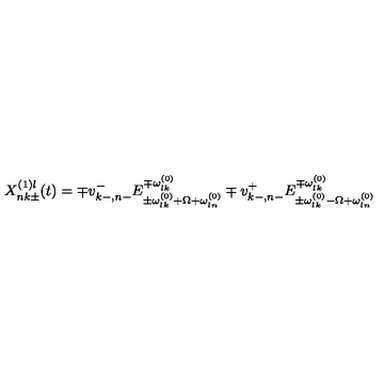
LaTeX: X _ { n k \pm } ^ { ( 1 ) l } ( t ) = \mp v _ { k - , n - } ^ { - } E _ { \pm \omega _ { l k } ^ { ( 0 ) } + \Omega + \omega _ { l n } ^ { ( 0 ) } } ^ { \mp \omega _ { l k } ^ { ( 0 ) } } \mp v _ { k - , n - } ^ { + } E _ { \pm \omega _ { l k } ^ { ( 0 ) } - \Omega + \omega _ { l n } ^ { ( 0 ) } } ^ { \mp \omega _ { l k } ^ { ( 0 ) } }